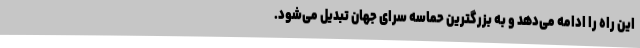
این راه را ادامه می‌دهد و به بزرگترین حماسه سرای جهان تبدیل می‌شود.